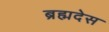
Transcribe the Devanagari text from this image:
ब्रह्मदेस